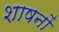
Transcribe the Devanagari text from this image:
शाषनों